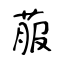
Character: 菔